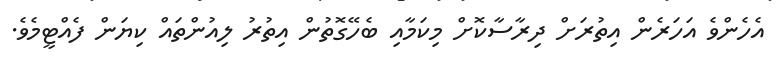
އެހެންވެ އަހަރެން އިތުރަށް ދިރާސާކޮށް މިކަމާއި ބެހޭގޮތުން އިތުރު ލިއުންތައް ކިޔަން ފެއްޓީމެވެ.